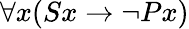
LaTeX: \forall x(Sx\rightarrow\neg Px)